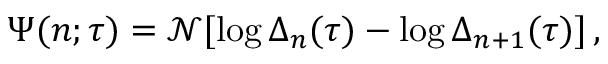
\Psi ( n ; \tau ) = \mathcal { N } [ \log \Delta _ { n } ( \tau ) - \log \Delta _ { n + 1 } ( \tau ) ] \, ,